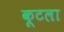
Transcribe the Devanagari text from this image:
कूटला